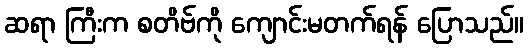
ဆရာ ကြီးက စတိဗ်ကို ကျောင်းမတက်ရန် ပြောသည်။